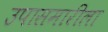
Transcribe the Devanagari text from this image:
उपासमारीला